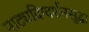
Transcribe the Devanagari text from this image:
नाट्यदिग्दर्शनसुद्धा